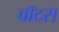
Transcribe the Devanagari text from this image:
वॉटस